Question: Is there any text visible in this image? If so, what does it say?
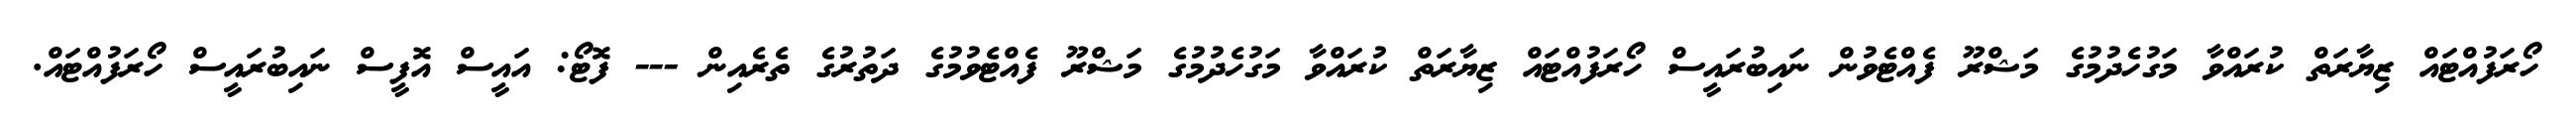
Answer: ހޯރަފުއްޓައް ޒިޔާރަތް ކުރައްވާ މަގުހެދުމުގެ މަޝްރޫ ފެއްޓެވުން ނައިބުރައީސް ހޯރަފުއްޓައް ޒިޔާރަތް ކުރައްވާ މަގުހެދުމުގެ މަޝްރޫ ފެއްޓެވުމުގެ ދަތުރުގެ ތެރެއިން --- ފޮޓޯ: އައީސް އޮފީސް ނައިބުރައީސް ހޯރަފުއްޓައް.